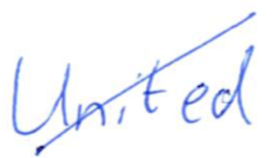
Text: United
Cross-out: diagonal
Writing tool: ballpoint